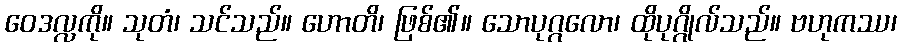
ဝေဒလ္လကို။ သုတံ၊ သင်သည်။ ဟောတိ၊ ဖြစ်၏။ သောပုဂ္ဂလော၊ ထိုပုဂ္ဂိုလ်သည်။ ဗဟုကဿ၊